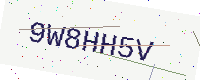
Text: 9W8HH5V